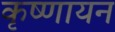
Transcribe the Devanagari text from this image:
कृष्‍णायन